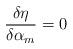
LaTeX: \begin{align*}\frac{\delta \eta}{\delta \alpha_m} = 0 \end{align*}